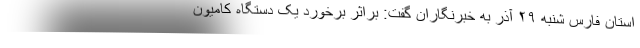
استان فارس شنبه ۲۹ آذر به خبرنگاران گفت: براثر برخورد یک دستگاه کامیون